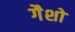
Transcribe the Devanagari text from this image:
गैशो